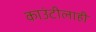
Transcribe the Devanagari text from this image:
काउंटीलाही